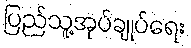
ပြည်သူ့အုပ်ချုပ်ရေး